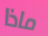
ماذا